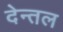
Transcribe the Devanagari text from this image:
देन्तल